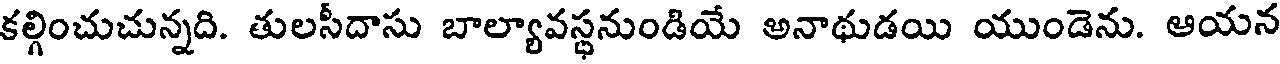
కల్గించుచున్నది. తులసీదాసు బాల్యావస్థనుండియే అనాథుడయి యుండెను. ఆయన